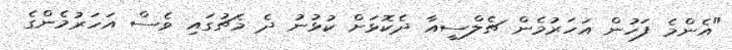
"އެންމެ ފަހުން އަހަރުމެން ޗެލްސީއާ ދެކޮޅަށް ކުޅުނު ދެ މެޗުގައި ވެސް އަހަރުމެންގެ